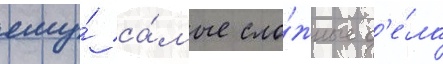
ему́ са́мые сло́жные д'е́ла